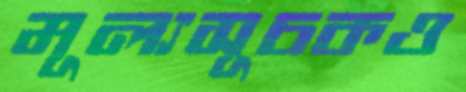
মূল্যসূচকও